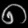
Digit: ၈